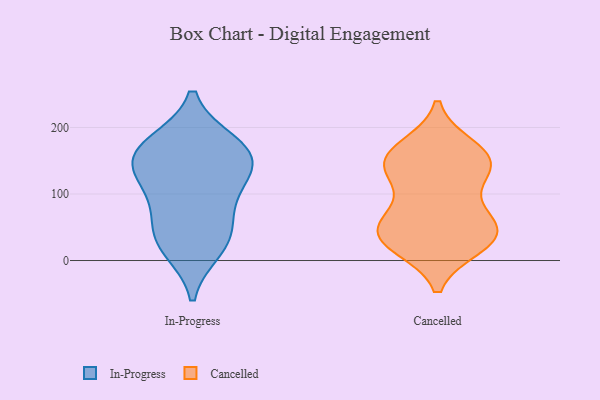
{"axis": {"x": "Page Views", "y": "Value"}, "legend": ["Cancelled", "In-Progress"], "data": [{"x": "", "y": 158, "type": "In-Progress"}, {"x": "", "y": 146, "type": "In-Progress"}, {"x": "", "y": 142, "type": "In-Progress"}, {"x": "", "y": 175, "type": "In-Progress"}, {"x": "", "y": 35, "type": "In-Progress"}, {"x": "", "y": 19, "type": "In-Progress"}, {"x": "", "y": 42, "type": "In-Progress"}, {"x": "", "y": 110, "type": "In-Progress"}, {"x": "", "y": 89, "type": "In-Progress"}, {"x": "", "y": 170, "type": "In-Progress"}, {"x": "", "y": 156, "type": "Cancelled"}, {"x": "", "y": 148, "type": "Cancelled"}, {"x": "", "y": 24, "type": "Cancelled"}, {"x": "", "y": 148, "type": "Cancelled"}, {"x": "", "y": 72, "type": "Cancelled"}, {"x": "", "y": 45, "type": "Cancelled"}, {"x": "", "y": 58, "type": "Cancelled"}, {"x": "", "y": 39, "type": "Cancelled"}, {"x": "", "y": 125, "type": "Cancelled"}, {"x": "", "y": 30, "type": "Cancelled"}, {"x": "", "y": 142, "type": "Cancelled"}, {"x": "", "y": 36, "type": "Cancelled"}, {"x": "", "y": 168, "type": "Cancelled"}]}